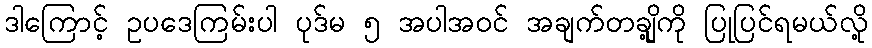
ဒါကြောင့် ဥပဒေကြမ်းပါ ပုဒ်မ ၅ အပါအဝင် အချက်တချို့ကို ပြုပြင်ရမယ်လို့